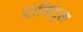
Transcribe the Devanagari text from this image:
राशिदुल